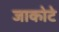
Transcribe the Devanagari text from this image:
जाकोटे